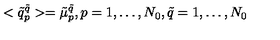
< \tilde { q } _ { p } ^ { \tilde { q } } > = \tilde { \mu } _ { p } ^ { \tilde { q } } , p = 1 , \dots , N _ { 0 } , \tilde { q } = 1 , \dots , N _ { 0 }